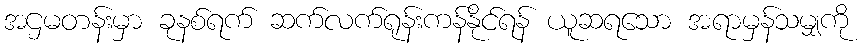
အဌမတန်းမှာ ခုနစ်ရက် ဆက်လက်ရုန်းကန်နိုင်ရန် ယူဆရသော အရာမှန်သမျှကို